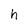
Character: h